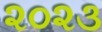
૨૦૨૩